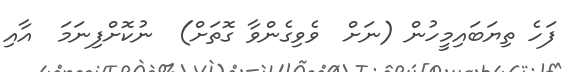
ފަހެ ތިޔަބައިމީހުން (ނަށް  ވެވިގެންވާ ގޮތަށް)  ނުކޮށްފިނަމަ  އާއި